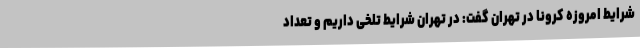
شرایط امروزه کرونا در تهران گفت: در تهران شرایط تلخی داریم و تعداد